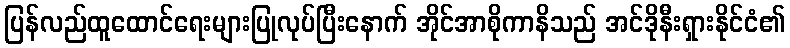
ပြန်လည်ထူထောင်ရေးများပြုလုပ်ပြီးနောက် အိုင်အာစိုကာနိသည် အင်ဒိုနီးရှားနိုင်ငံ၏